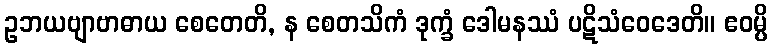
ဥဘယဗျာဗာဓာယ စေတေတိ, န စေတသိကံ ဒုက္ခံ ဒေါမနဿံ ပဋိသံဝေဒေတိ။ ဧဝမ္ပိ